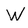
Character: W